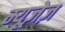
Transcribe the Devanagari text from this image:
म्यूज़ेज़